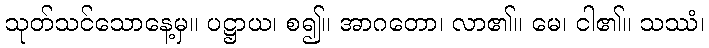
သုတ်သင်သောနေ့မှ။ ပဋ္ဌာယ၊ စ၍။ အာဂတော၊ လာ၏။ မေ၊ ငါ၏။ သဿံ၊